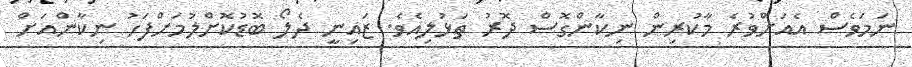
ނަމަވެސް އެއަށްވުރެ މާކުރިން ނިކާންގޮސް ދޮރު ތަޅުލިއެވެ. ޒައިނީ ދެލޯ ބޮޑުކޮށްލުމަށްފަހު ނިކާންއަށް